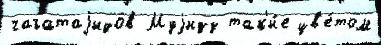
чагатаjидов Муjизз так'и́е цв'е́том